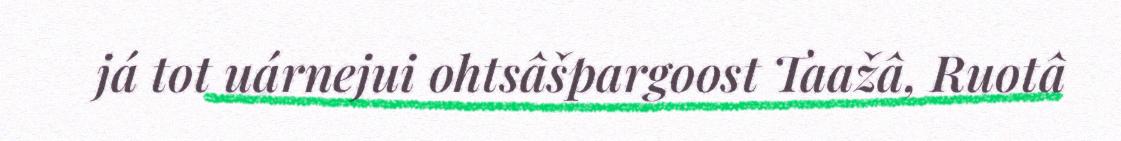
já tot uárnejui ohtsâšpargoost Taažâ, Ruotâ